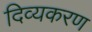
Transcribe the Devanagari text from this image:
दिव्यकरण